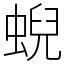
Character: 蜺